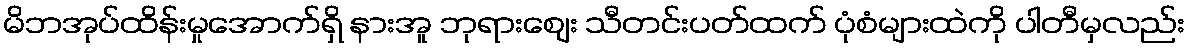
မိဘအုပ်ထိန်းမှုအောက်ရှိ နားအူ ဘုရားဈေး သီတင်းပတ်ထက် ပုံစံများထဲကို ပါတီမှလည်း